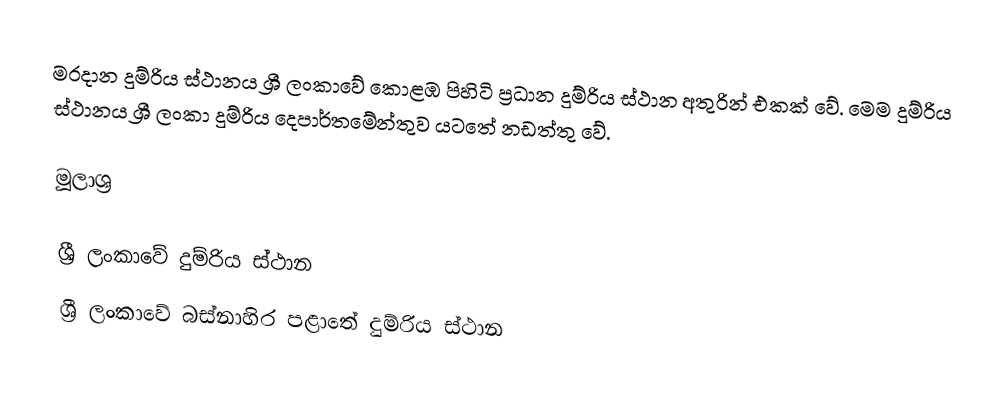
මරදාන දුම්රිය ස්ථානය ශ්‍රී ලංකාවේ කොළඹ පිහිටි ප්‍රධාන දුම්රිය ස්ථාන අතුරින් එකක් වේ. මෙම දුම්රිය ස්ථානය ශ්‍රී ලංකා දුම්රිය දෙපාර්තමේන්තුව යටතේ නඩත්තු වේ.

මූලාශ්‍ර

ශ්‍රී ලංකාවේ දුම්රිය ස්ථාන
ශ්‍රී ලංකාවේ බස්නාහිර පළාතේ දුම්රිය ස්ථාන